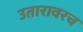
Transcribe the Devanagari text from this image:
उतारावरच